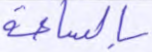
بالساعة